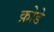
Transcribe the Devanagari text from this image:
क़ोडे